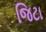
જિટા